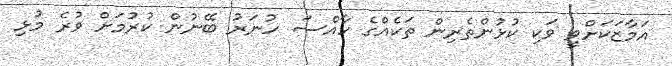
އަމާޒަކަށްވީ ވަކި ކުޅުންތެރިން ތަކެއްގެ ހާއްސަ ހުނަރު ބޭނުން ކުރުމަށް ވުރެ މުޅި